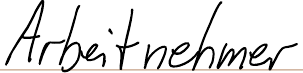
Arbeitnehmer